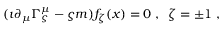
( \imath \partial _ { \mu } \Gamma _ { \varsigma } ^ { \mu } - \varsigma m ) f _ { \zeta } ( x ) = 0 \; , \; \; \zeta = \pm 1 \; ,